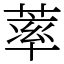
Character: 䔞